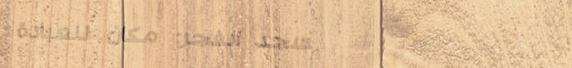
مسجد الفجر: مكان للعبادة